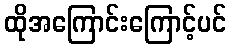
ထိုအကြောင်းကြောင့်ပင်